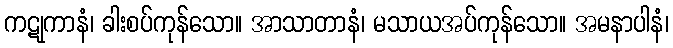
ကဋုကာနံ၊ ခါးစပ်ကုန်သော။ အာသာတာနံ၊ မသာယအပ်ကုန်သော။ အမနာပါနံ၊